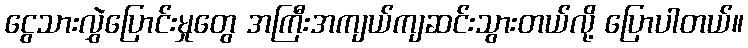
ငွေသားလွှဲပြောင်းမှုတွေ အကြီးအကျယ်ကျဆင်းသွားတယ်လို့ ပြောပါတယ်။